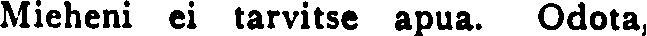
Mieheni ei tarvitse apua. Odota,